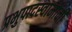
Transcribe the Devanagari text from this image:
प्रभुपादस्वामींनी